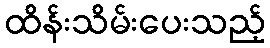
ထိန်းသိမ်းပေးသည့်